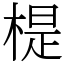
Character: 㮛